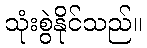
သုံးစွဲနိုင်သည်။